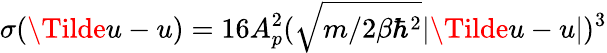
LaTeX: \sigma(\Tilde{u}-u)=16A_{p}^{2}(\sqrt{m/2\beta\hbar^{2}}|\Tilde{u}-u|)^{3}